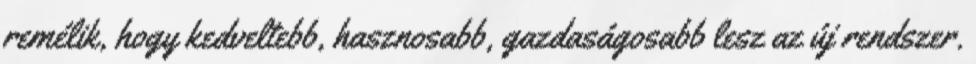
remélik, hogy kedveltebb, hasznosabb, gazdaságosabb lesz az új rendszer.